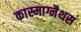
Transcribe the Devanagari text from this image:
कास्माग्नैथस